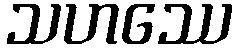
သဟဿေ